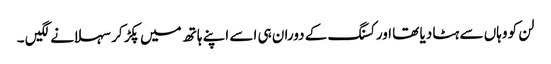
لن کو وہاں سے ہٹا دیا تھا اور کسنگ کے دوران ہی اسے اپنے ہاتھ میں پکڑ کر سہلانے لگیں ۔